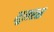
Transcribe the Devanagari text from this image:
मूलरस